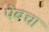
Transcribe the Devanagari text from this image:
पेबचा